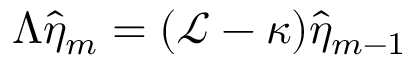
\Lambda \hat { \eta } _ { m } = ( \mathcal { L } - \kappa ) \hat { \eta } _ { m - 1 }